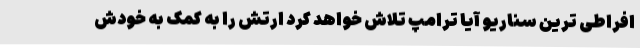
افراطی ترین سناریو آیا ترامپ تلاش خواهد کرد ارتش را به کمک به خودش